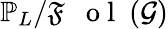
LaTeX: \mathbb{P}_{L}/\mathfrak{F}\mathrm{~\textbf~{~o~l~}~}(\mathcal{G})